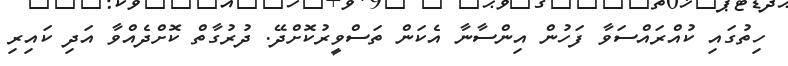
ހިތުގައި ކުއްރައްސަވާ ފަހުން އިންސާނާ އެކަން ތަސްވީރުކޮށްދޭ. ދުރުގާތް ކޮށްދެއްވާ އަދި ކައިރި